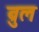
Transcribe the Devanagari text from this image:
ब्रुल